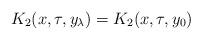
LaTeX: \begin{align*}K_2(x,\tau,y_\lambda)=K_2(x,\tau,y_0)\end{align*}